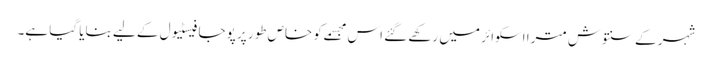
شہر کے سنتوش مترا اسکوائر میں رکھے گئے اس مجسمے کو خاص طور پر پوجا فیسٹیول کے لیے بنایا گیا ہے۔